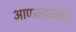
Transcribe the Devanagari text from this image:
आणल्याचेही